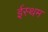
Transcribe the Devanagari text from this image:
ईस्थम